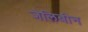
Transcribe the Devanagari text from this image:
जेलिबीन